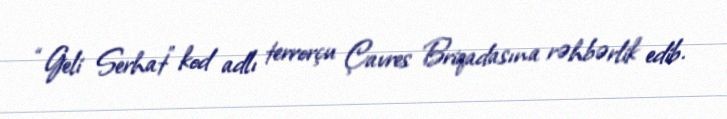
“Geli Serhat” kod adlı terrorçu Çavres Briqadasına rəhbərlik edib.